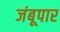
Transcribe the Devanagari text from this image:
जंबूपार